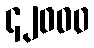
၄၂၀၀၀